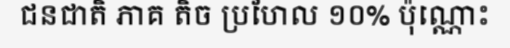
ជនជាតិ ភាគ តិច ប្រហែល ១០% ប៉ុណ្ណោះ